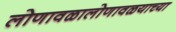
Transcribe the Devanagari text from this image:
लोणावळालोणावळयाच्या